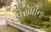
વિરોધીના